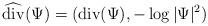
LaTeX: \begin{align*}\widehat{\mathrm{div}}(\Psi) = (\mathrm{div}(\Psi) , - \log|\Psi|^2 )\end{align*}